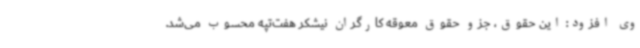
وی افزود: این حقوق، جزو حقوق معوقه کارگران نیشکر هفت‌تپه محسوب می‌شد.